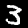
Digit: 3